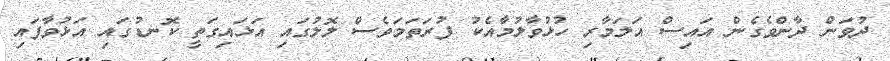
ދުވަން ދާންވެގެން އައިސް އަލަމާރި ހުޅުވާލުމާއެކު ފުރަތަމަވެސް ލޮލުގައި އަޅައިގަތީ ކޮނޑުގައި އަޅުވާފައި